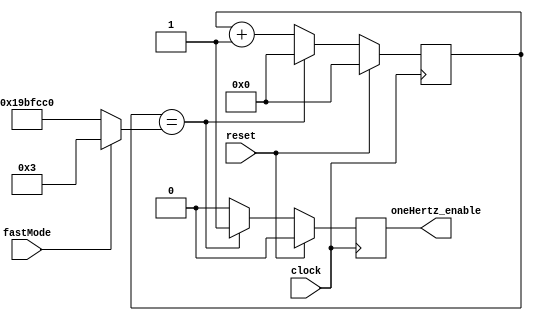
module ClockDivider #(parameter Hz = 27000000)(
	input clock, reset, fastMode,
	output reg oneHertz_enable
	);
	
	reg [24:0] counter = 25'b0;

	always @ (posedge clock) begin
		if (reset) begin
			counter <= 25'b0;
			oneHertz_enable <= 1'b0;
		end
		else if (counter == (fastMode ? 3:Hz)) begin
			oneHertz_enable <= 1'b1;
			counter <= 25'b0;
		end
		else begin
			counter <= counter + 1;
			oneHertz_enable <= 1'b0;
		end
	end

endmodule